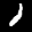
Label: 1